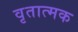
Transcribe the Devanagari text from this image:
वृतात्मक